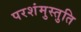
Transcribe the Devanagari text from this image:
परशंमुस्तुति